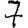
Digit: 7